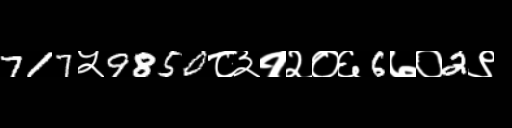
Text: 717५9850८३१२०६6७०2९